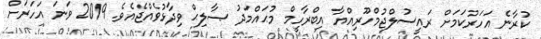
ކުރާނެ އަހަރުކަމަށް ރައީސުލްޖުމްހޫރިއްޔާ އިބްރާހީމް މުޙައްމަދު ޞާލިޙް ވިދާޅުވެއްޖެއެވެ. 2019 ވަނަ އަހަރަށް